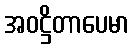
အဝဋ္ဌိတာပေမာ